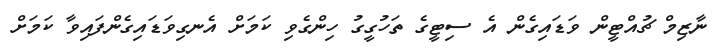
ނާޒިމް ޗުއްޓީން ވަޑައިގެން އެ ސިޓީގެ ތަހުގީގު ހިންގެވި ކަމަށް އެނގިވަޑައިގެންފައިވާ ކަމަށް